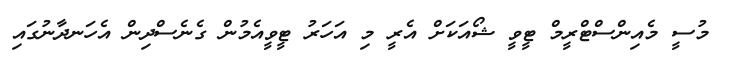
މުސީ މެއިންސްޓްރީމް ޓީވީ ޝޯއަކަށް އެރީ މި އަހަރު ޓީވީއެމުން ގެނެސްދިން އެހަނދާނުގައި